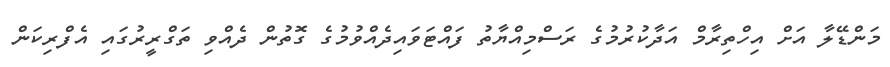
މަންޑޭލާ އަށް އިހްތިރާމް އަދާކުރުމުގެ ރަސްމިއްޔާތު ފައްޓަވައިދެއްވުމުގެ ގޮތުން ދެއްވި ތަގްރީރުގައި އެފްރިކަން